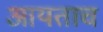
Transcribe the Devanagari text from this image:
आयताच